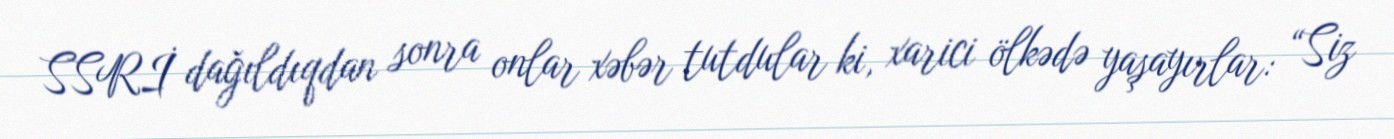
SSRİ dağıldıqdan sonra onlar xəbər tutdular ki, xarici ölkədə yaşayırlar: “Siz